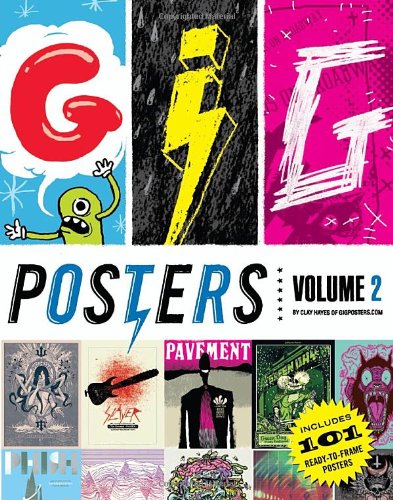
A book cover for Gig Posters Volume 2; Clay Hayes; Crafts, Hobbies & Home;